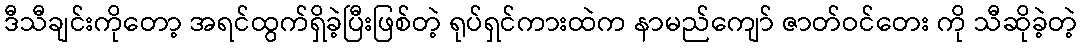
ဒီသီချင်းကိုတော့ အရင်ထွက်ရှိခဲ့ပြီးဖြစ်တဲ့ ရုပ်ရှင်ကားထဲက နာမည်ကျော် ဇာတ်ဝင်တေး ကို သီဆိုခဲ့တဲ့